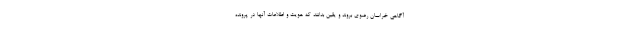
آگاهی خراسان رضوی بروند و یقین بدانند که هویت و اطلاعات آنها در پرونده